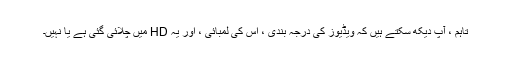
تاہم ، آپ دیکھ سکتے ہیں کہ ویڈیوز کی درجہ بندی ، اس کی لمبائی ، اور یہ HD میں چلائی گئی ہے یا نہیں۔